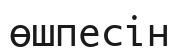
өшпесін